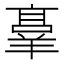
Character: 𬙸